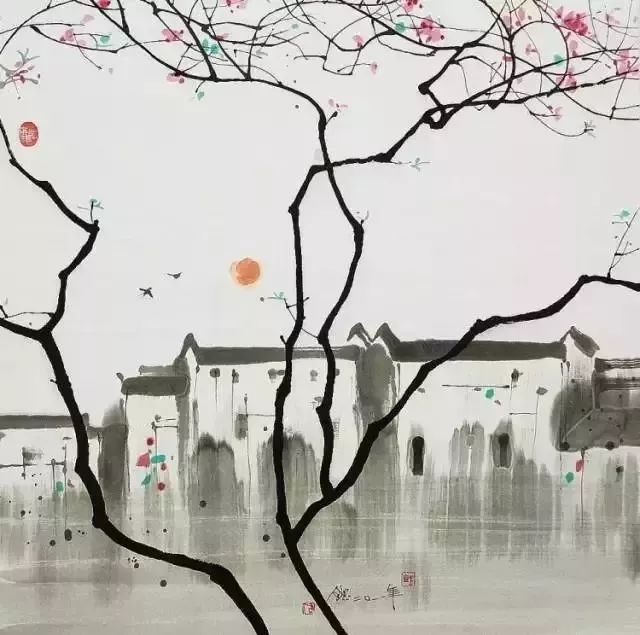
道隐于小成，言隐于荣华。